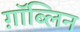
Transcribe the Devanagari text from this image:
ग़ॉब्लिन